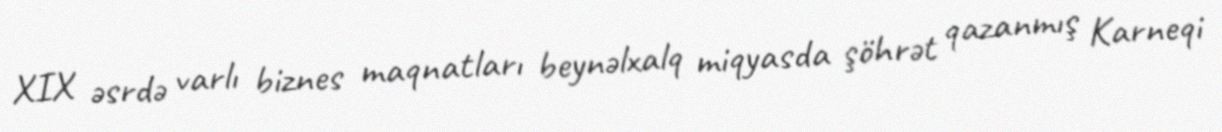
XIX əsrdə varlı biznes maqnatları beynəlxalq miqyasda şöhrət qazanmış Karneqi